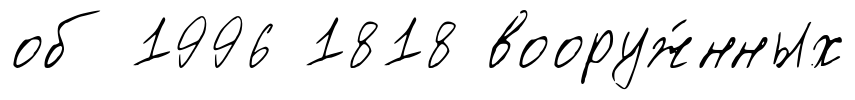
об 1996 1818 вооруж́нных